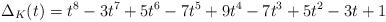
LaTeX: \begin{align*}\Delta_K(t)=t^8-3t^7 +5t^6-7t^5+9t^4-7t^3+5t^2-3t+1\end{align*}